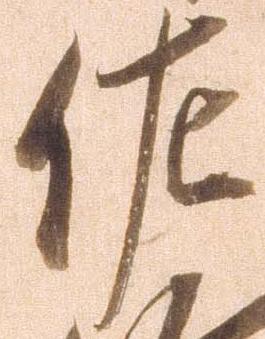
佐